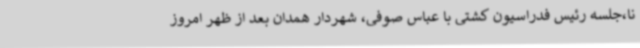
نا،جلسه رئیس فدراسیون کشتی با عباس صوفی، شهردار همدان بعد از ظهر امروز